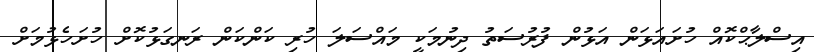
އިސްލާޙްކޮއް ހުށައަޅަން އަޅުން ފުރުސަތު ދިނުމަކީ މައްސަލަ ހުރި ކަންކަން ރަނގަޅުކޮށް ހުށަހެޅުމަށް